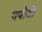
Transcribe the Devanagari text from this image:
पपोटो